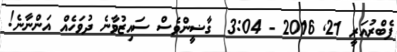
ފެބްރުއަރީ 21